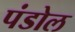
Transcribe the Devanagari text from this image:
पंडोल